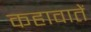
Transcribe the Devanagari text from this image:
कहावातें